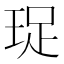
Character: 珿